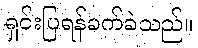
ရှင်းပြရန်ခက်ခဲသည်။